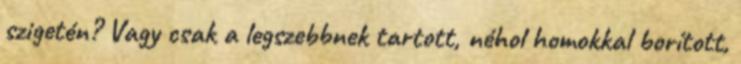
szigetén? Vagy csak a legszebbnek tartott, néhol homokkal borított,